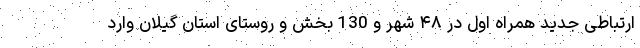
ارتباطی جدید همراه اول در ۴٨ شهر و 130 بخش و روستای استان گیلان وارد